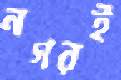
নগরই